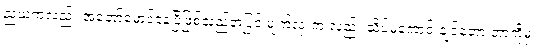
ညယံကလည်း အတော်မှောင်နေပြီဖြစ်သည့်အပြင် မျက်လုံးက လည်း သိပ်မကောင်းချင်တော့ ဘာကိုမှ